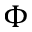
\Phi